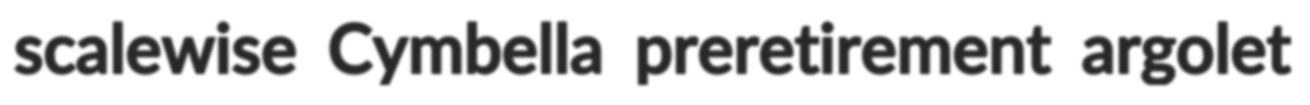
scalewise Cymbella preretirement argolet